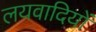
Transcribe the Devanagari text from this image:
लयवादियों